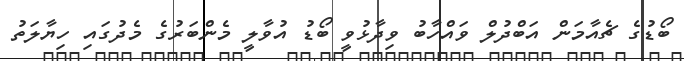
ބޯޑުގެ ޗެއާމަން އަބްދުލް ވައްހާބު ވިދާޅުވީ ބޯޑު އުވާލީ މެންބަރުގެ މެދުގައި ހިޔާލަތު